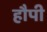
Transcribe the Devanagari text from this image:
हौपी